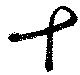
十